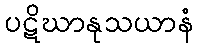
ပဋိဃာနုသယာနံ